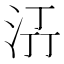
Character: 𭰌